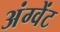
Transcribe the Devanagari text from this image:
अंग्वेंट